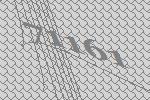
71161